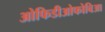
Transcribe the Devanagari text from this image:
ओफिडीओफोबिआ